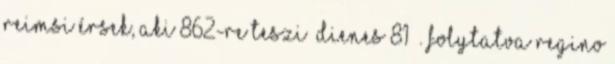
reimsi érsek, aki 862-re teszi Dienes 81 . Folytatva Regino